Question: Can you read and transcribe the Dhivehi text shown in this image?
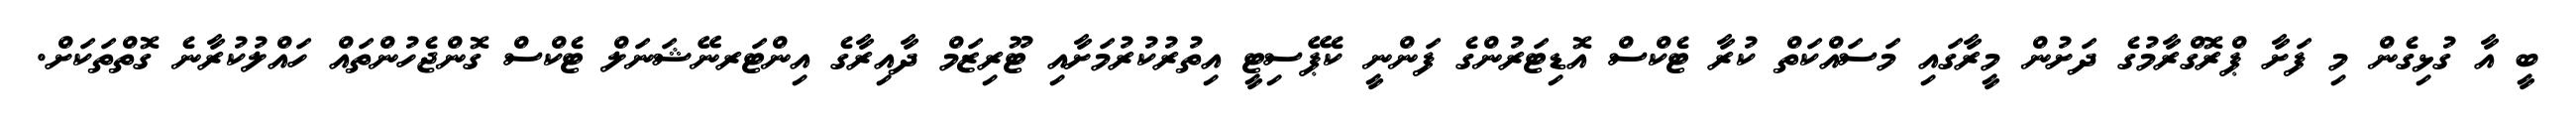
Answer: ބީ އާ ގުޅިގެން މި ފަށާ ޕްރޮގްރާމުގެ ދަށުން މީރާގައި މަސައްކަތް ކުރާ ޓެކްސް އޮޑިޓަރުންގެ ފަންނީ ކެޕޭސިޓީ އިތުރުކުރުމަށާއި ޓޫރިޒަމް ދާއިރާގެ އިންޓަރނޭޝަނަލް ޓެކްސް ގޮންޖެހުންތައް ހައްލުކުރާނެ ގޮތްތަކަށް.